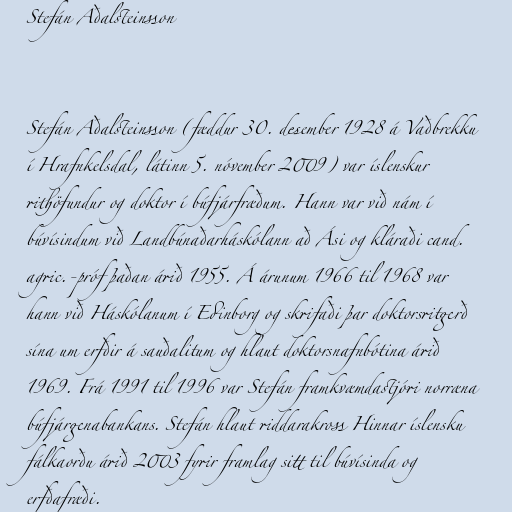
Stefán Aðalsteinsson

Stefán Aðalsteinsson (fæddur 30. desember 1928 á Vaðbrekku
í Hrafnkelsdal, látinn 5. nóvember 2009) var íslenskur
rithöfundur og doktor í búfjárfræðum. Hann var við nám í
búvísindum við Landbúnaðarháskólann að Ási og kláraði cand.
agric.-próf þaðan árið 1955. Á árunum 1966 til 1968 var
hann við Háskólanum í Edinborg og skrifaði þar doktorsritgerð
sína um erfðir á sauðalitum og hlaut doktorsnafnbótina árið
1969. Frá 1991 til 1996 var Stefán framkvæmdastjóri norræna
búfjárgenabankans. Stefán hlaut riddarakross Hinnar íslensku
fálkaorðu árið 2003 fyrir framlag sitt til búvísinda og
erfðafræði.